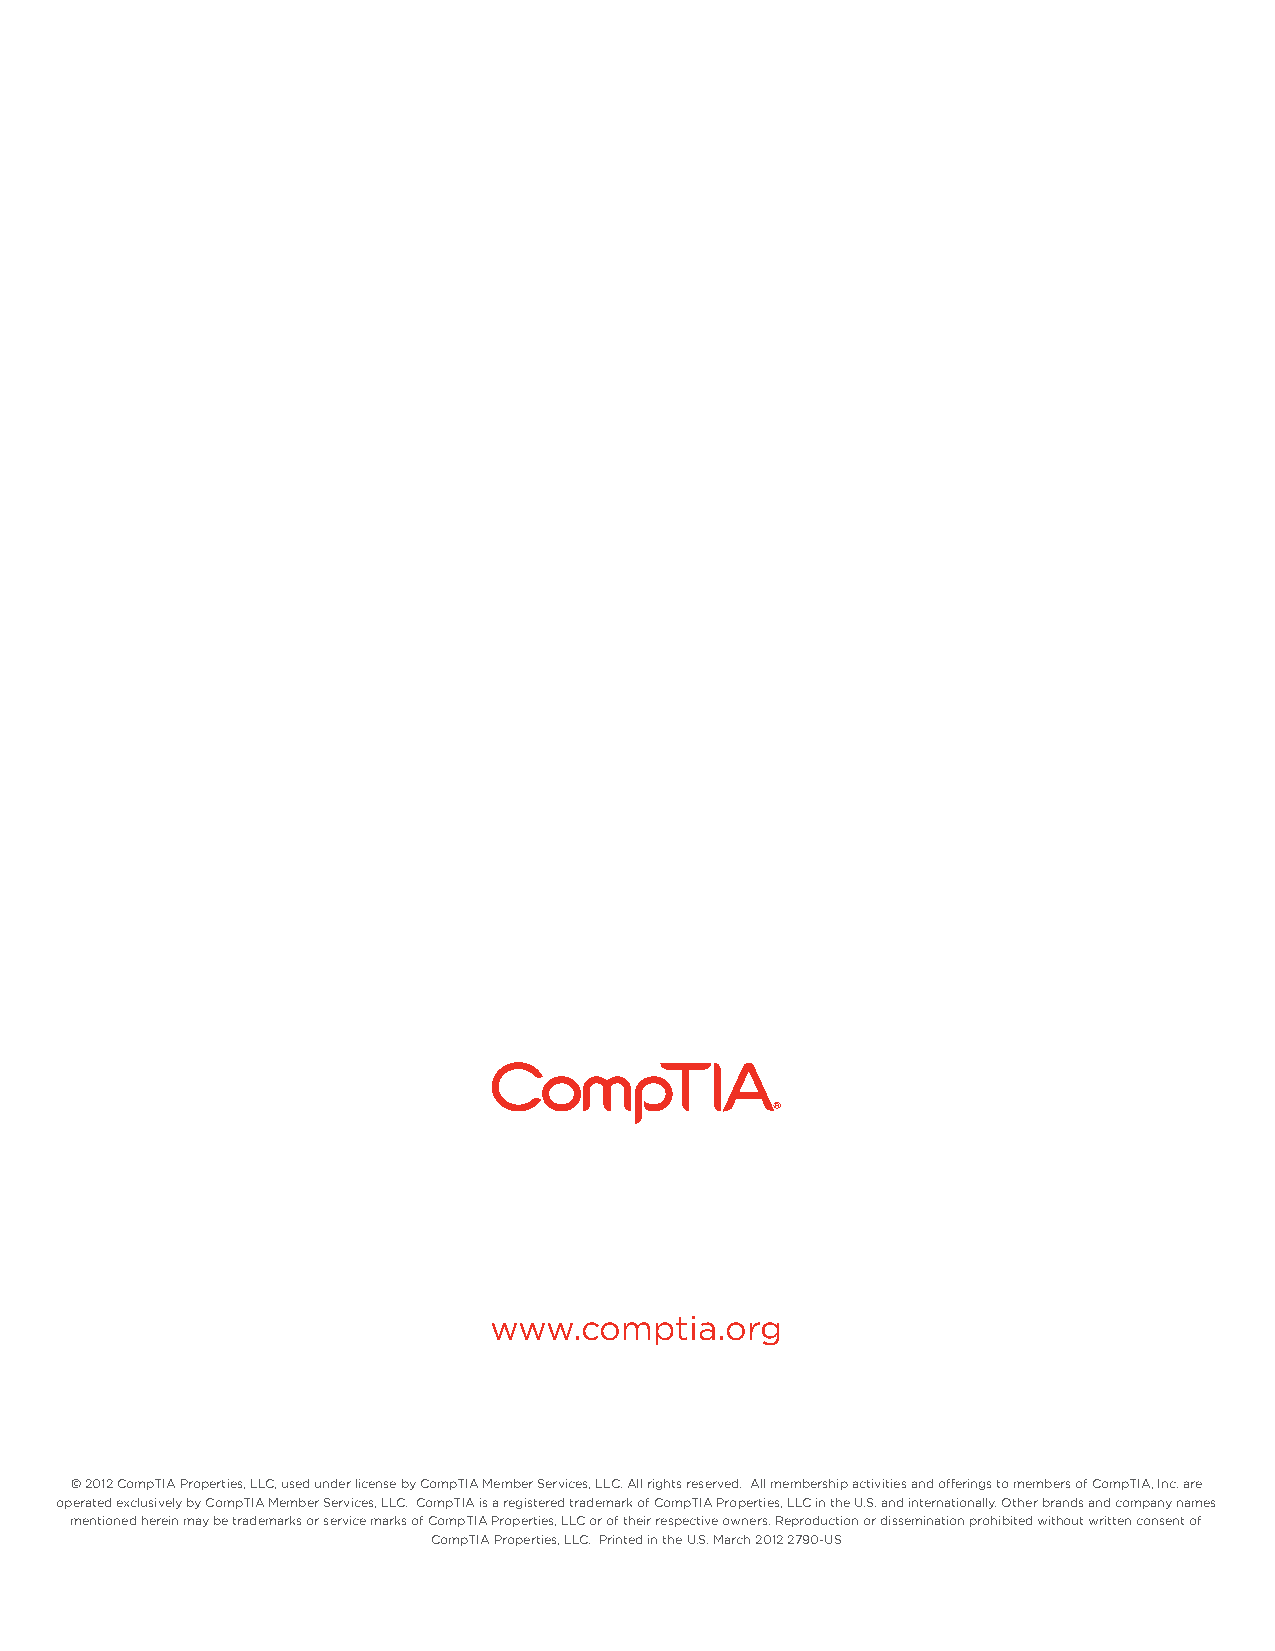
www.comptia.org
 © 2012 CompTIA Properties, LLC, used under license by CompTIA Member Services, LLC. All rights reserved. All membership activities and offerings to members of CompTIA, Inc. are
 operated exclusively by CompTIA Member Services, LLC. CompTIA is a registered trademark of CompTIA Properties, LLC in the U.S. and internationally. Other brands and company names
 mentioned herein may be trademarks or service marks of CompTIA Properties, LLC or of their respective owners. Reproduction or dissemination prohibited without written consent of
 CompTIA Properties, LLC. Printed in the U.S. March 2012 2790-US